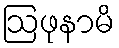
ဩဖုနာမိ